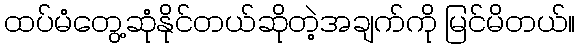
ထပ်မံတွေ့ဆုံနိုင်တယ်ဆိုတဲ့အချက်ကို မြင်မိတယ်။